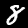
Label: 8